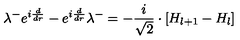
\lambda ^ { - } e ^ { i \frac { d } { d r } } - e ^ { i \frac { d } { d r } } \lambda ^ { - } = - \frac { i } { \sqrt { 2 } } \cdot \left[ H _ { l + 1 } - H _ { l } \right]